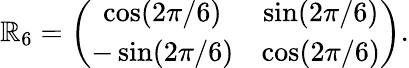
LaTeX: \mathbb{R}_{6}=\left(\begin{array}{cc}{\cos(2\pi/6)}&{\sin(2\pi/6)}\\ {-\sin(2\pi/6)}&{\cos(2\pi/6)}\end{array}\right).